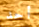
أحد